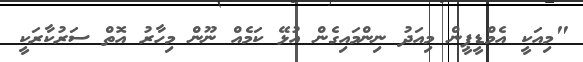
"މިއަކީ އެމްޑީޕީން މިއަދު ނިންމައިގެން އުޅޭ ކަމެއް ނޫން މިހާރު އޮތް ސަރުކާރަކީ